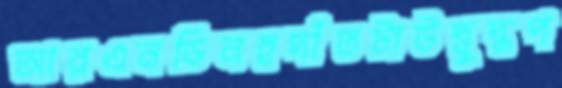
আরএনডিনহুদাঁতটাউদ্বুদ্ধপ